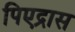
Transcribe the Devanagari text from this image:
पिएद्रास